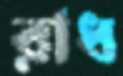
রাধ